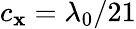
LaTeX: c_{\mathbf{x}}=\lambda_{0}/21